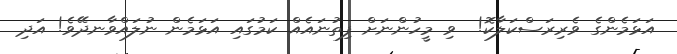
އަޅަމެންގެ ވެރިރަސްކަލާކޮ!  ވި މީހުންނަށް ފިތުނައެއް ކަމުގައި އަޅަމެން ނުލައްވާނދޭވެ! އަދި